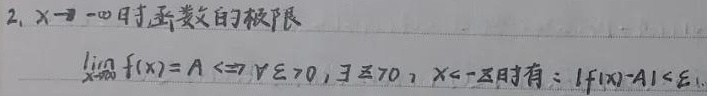
2. \(x\to -\infty\)时，函数的极限

\(\lim_{x\to -\infty}f(x)=A\Leftrightarrow\forall\varepsilon > 0,\exists X>0\)，当\(x < -X\)时有：\(|f(x)-A|<\varepsilon\)。